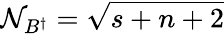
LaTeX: \mathcal{N}_{B^{\dagger}}=\sqrt{s+n+2}